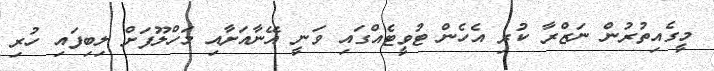
މީގެއިތުރުން ނަޒްރާ ކުރި އެހެން ޓުވީޓެއްގައި ވަނީ އޭނާއަށާއި މަހްލޫފަށް ލިބިފައި ހުރި